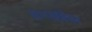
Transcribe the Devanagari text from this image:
बनखंडेश्वर